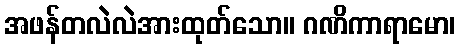
အဖန်တလဲလဲအားထုတ်သော။ ဂဏိကာရာမော၊